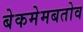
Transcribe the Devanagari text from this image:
बेकमेमबतोव